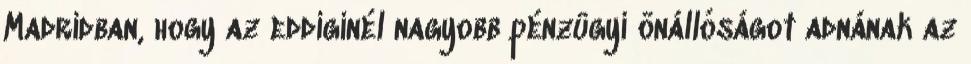
Madridban, hogy az eddiginél nagyobb pénzügyi önállóságot adnának az